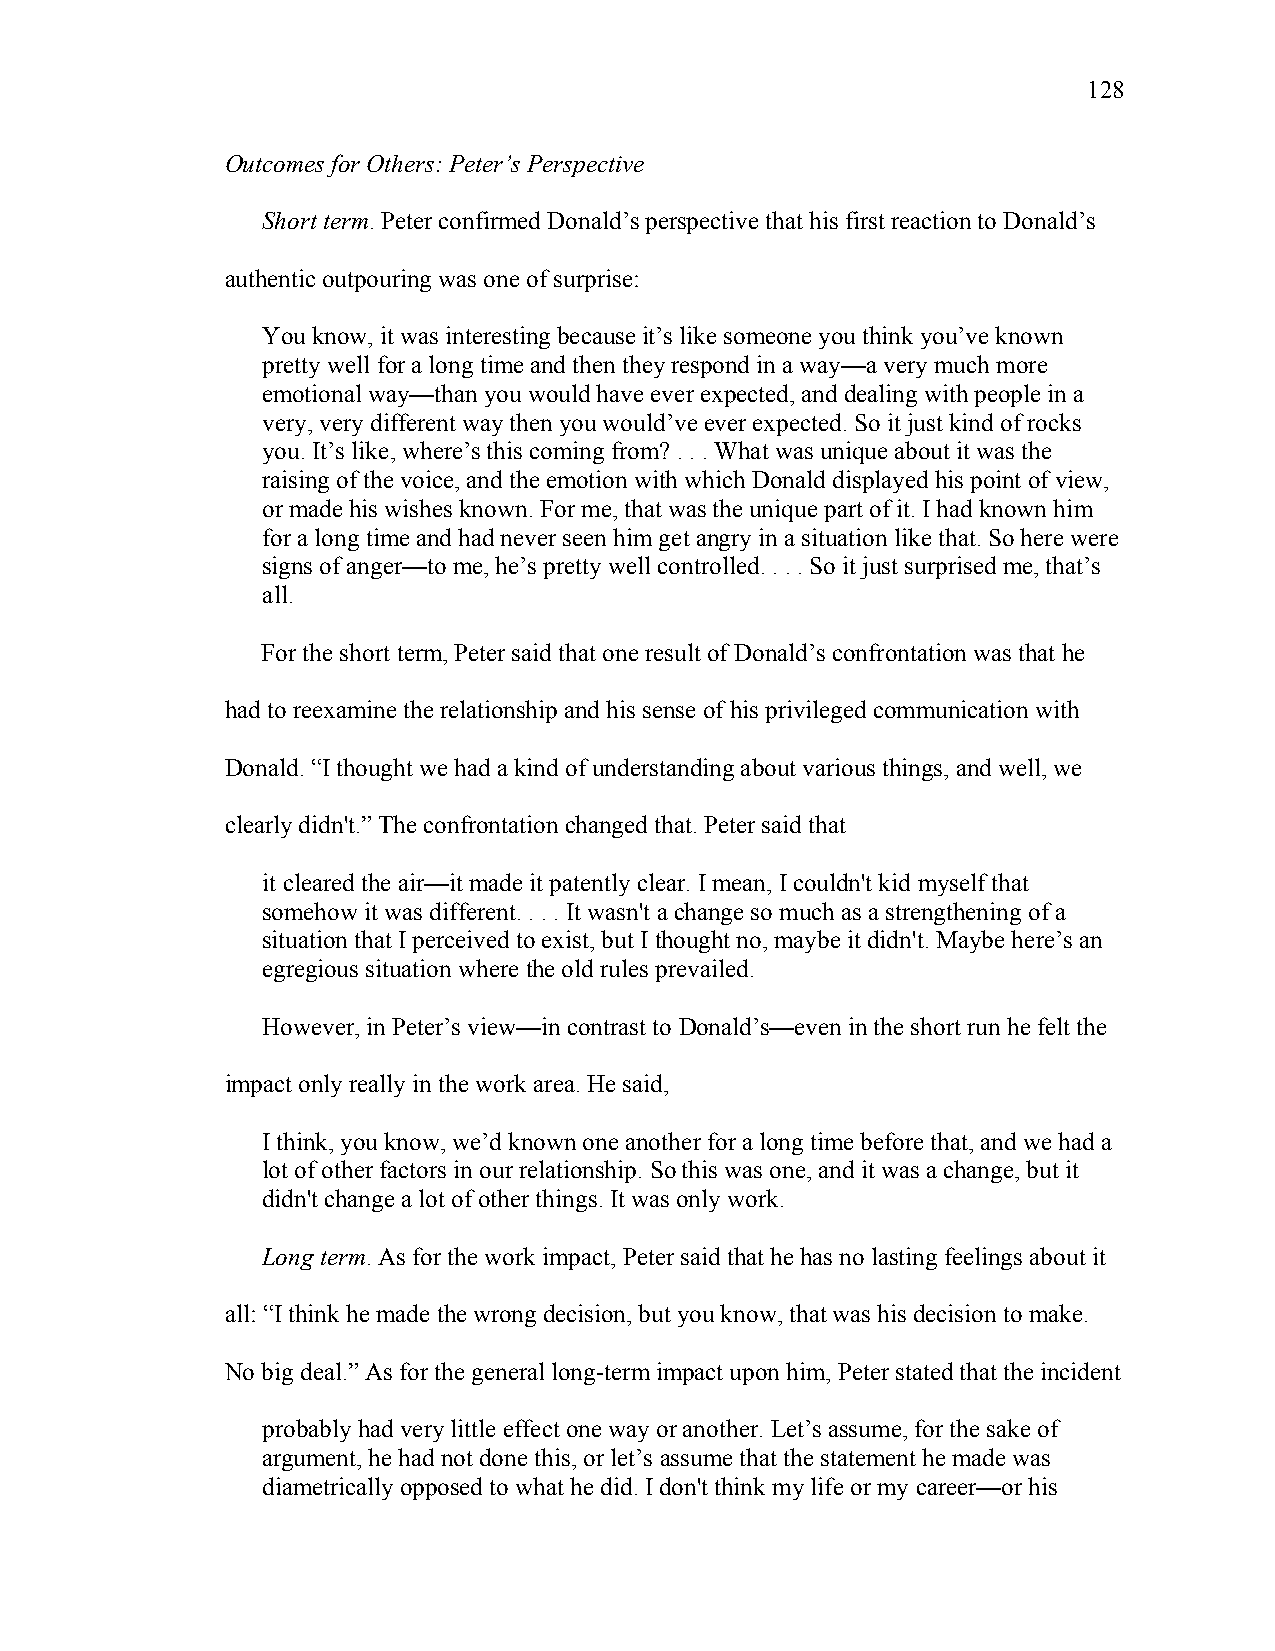
128
 Outcomes for Others: Peter’s Perspective
 Short term. Peter confirmed Donald’s perspective that his first reaction to Donald’s
 authentic outpouring was one of surprise:
 You know, it was interesting because it’s like someone you think you’ve known
 pretty well for a long time and then they respond in a way—a very much more
 emotional way—than you would have ever expected, and dealing with people in a
 very, very different way then you would’ve ever expected. So it just kind of rocks
 you. It’s like, where’s this coming from? . . . What was unique about it was the
 raising of the voice, and the emotion with which Donald displayed his point of view,
 or made his wishes known. For me, that was the unique part of it. I had known him
 for a long time and had never seen him get angry in a situation like that. So here were
 signs of anger—to me, he’s pretty well controlled. . . . So it just surprised me, that’s
 all.
 For the short term, Peter said that one result of Donald’s confrontation was that he
 had to reexamine the relationship and his sense of his privileged communication with
 Donald. “I thought we had a kind of understanding about various things, and well, we
 clearly didn't.” The confrontation changed that. Peter said that
 it cleared the air—it made it patently clear. I mean, I couldn't kid myself that
 somehow it was different. . . . It wasn't a change so much as a strengthening of a
 situation that I perceived to exist, but I thought no, maybe it didn't. Maybe here’s an
 egregious situation where the old rules prevailed.
 However, in Peter’s view—in contrast to Donald’s—even in the short run he felt the
 impact only really in the work area. He said,
 I think, you know, we’d known one another for a long time before that, and we had a
 lot of other factors in our relationship. So this was one, and it was a change, but it
 didn't change a lot of other things. It was only work.
 Long term. As for the work impact, Peter said that he has no lasting feelings about it
 all: “I think he made the wrong decision, but you know, that was his decision to make.
 No big deal.” As for the general long-term impact upon him, Peter stated that the incident
 probably had very little effect one way or another. Let’s assume, for the sake of
 argument, he had not done this, or let’s assume that the statement he made was
 diametrically opposed to what he did. I don't think my life or my career—or his